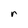
Character: r